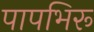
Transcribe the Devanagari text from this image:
पापभिरू